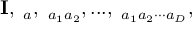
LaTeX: { \bf I } , { \bf \Gamma } _ { a } , { \bf \Gamma } _ { a _ { 1 } a _ { 2 } } , . . . , { \bf \Gamma } _ { a _ { 1 } a _ { 2 } \cdot \cdot \cdot a _ { D } } ,